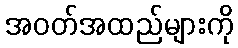
အဝတ်အထည်များကို